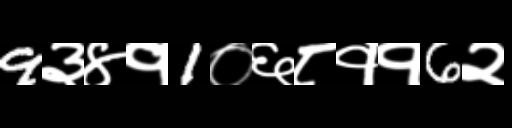
Text: 9३४१1०६८११6२